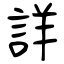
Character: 詳